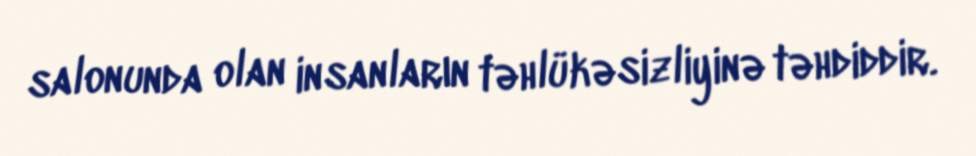
salonunda olan insanların təhlükəsizliyinə təhdiddir.